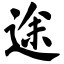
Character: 途